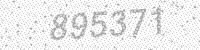
Solution: 895371